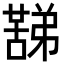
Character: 𮑟